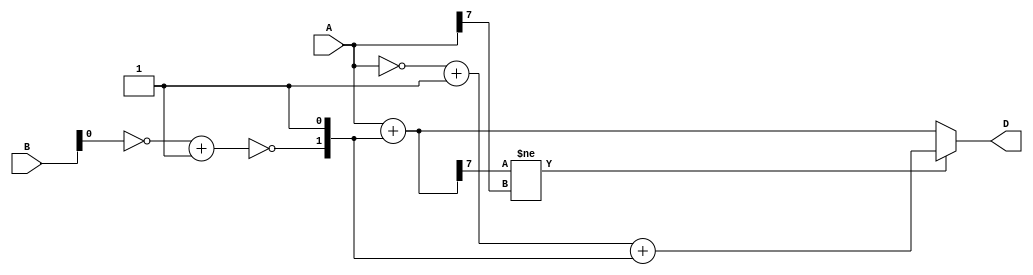
module structural_subtractor (
    input [7:0] A,
    input [7:0] B,
    output reg [7:0] D
);

reg [7:0] A_inv, A_neg, B_neg, B_c;
reg overflow;

assign A_inv = ~A;
assign A_neg = A_inv + 1;
assign B_neg = ~B + 1;

always @* begin
    B_c[0] = 1;
    B_c[1:7] = B_neg[0] ^ 1;

    D = A + B_c;

    if (D[7] != A[7]) begin
        overflow = 1;
        D = A_neg + B_c;
    end else begin
        overflow = 0;
    end
end

endmodule